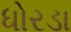
ધોરડા